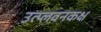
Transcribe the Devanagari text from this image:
उत्प्लवनकक्ष